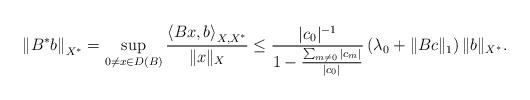
LaTeX: \begin{align*}\left\|B^\ast b\right\|_{X^\ast}=\sup_{0\neq x\in D(B)}\frac{\left\langle Bx,b\right\rangle_{X,X^\ast}}{\|x\|_X}\le\frac{|c_0|^{-1}}{1-\frac{\sum_{m\not=0}|c_m|}{|c_0|}}\left(\lambda_0+\|Bc\|_1\right)\|b\|_{X^\ast}.\end{align*}